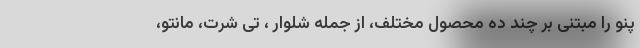
پنو را مبتنی بر چند ده محصول مختلف، از جمله شلوار ، تی شرت، مانتو،